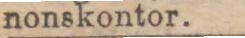
nonskontor.